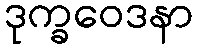
ဒုက္ခဝေဒနာ